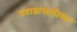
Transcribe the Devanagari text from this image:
प्रवाशांसाठीच्या